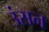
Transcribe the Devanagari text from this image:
उंसन